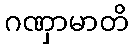
ဂဏှာမာတိ